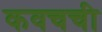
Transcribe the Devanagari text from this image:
कवचची